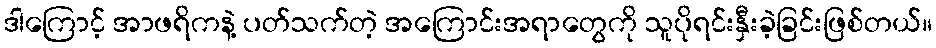
ဒါကြောင့် အာဖရိကနဲ့ ပတ်သက်တဲ့ အကြောင်းအရာတွေကို သူပိုရင်းနှီးခဲ့ခြင်းဖြစ်တယ်။